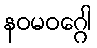
နဝမဝဂ္ဂေါ